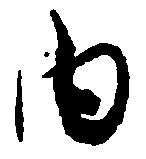
内